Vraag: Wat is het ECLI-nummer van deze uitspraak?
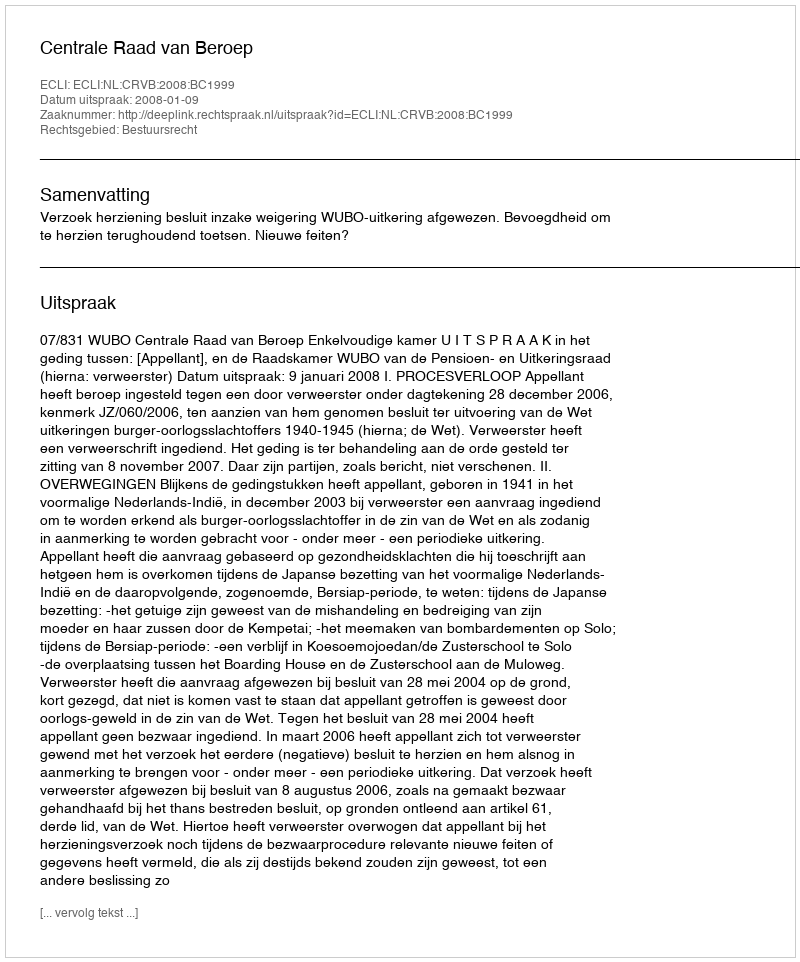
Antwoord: ECLI:NL:CRVB:2008:BC1999